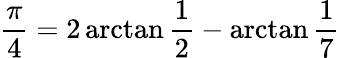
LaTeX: {\frac{\pi}{4}}=2\arctan{\frac{1}{2}}-\arctan{\frac{1}{7}}